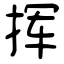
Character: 挥